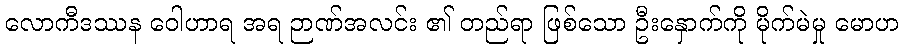
လောကီဒဿန ဝေါဟာရ အရ ဉာဏ်အလင်း ၏ တည်ရာ ဖြစ်သော ဦးနှောက်ကို မိုက်မဲမှု မောဟ